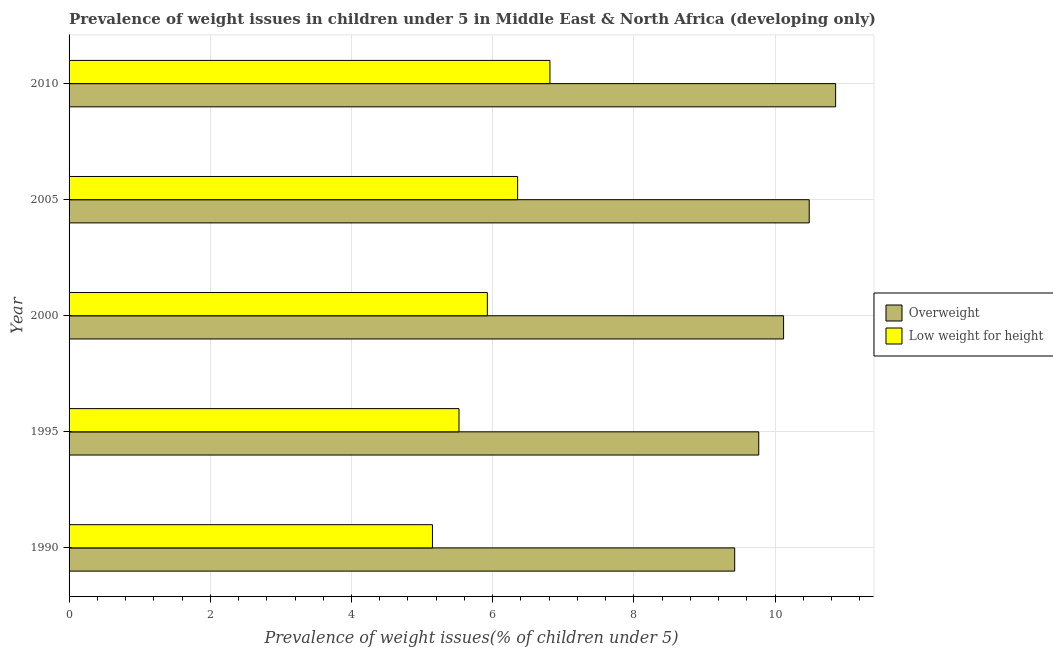
| Year | Overweight | Low weight for height |
 | --- | --- | --- |
 | 1990 | 9.43 | 5.15 |
 | 1995 | 9.77 | 5.52 |
 | 2000 | 10.1 | 5.92 |
 | 2005 | 10.5 | 6.35 |
 | 2010 | 10.9 | 6.81 |